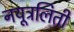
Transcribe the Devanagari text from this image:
नयूत्रलिती